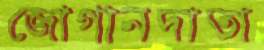
জোগানদাতা